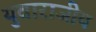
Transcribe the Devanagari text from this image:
युवाराजीय